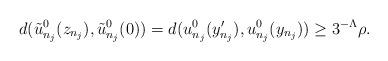
LaTeX: \begin{align*} d(\tilde{u}_{n_j}^0(z_{n_j}),\tilde{u}_{n_j}^0(0))= d(u_{n_j}^0(y_{n_j}'),u_{n_j}^0(y_{n_j})) \geq 3^{-\Lambda} \rho.\end{align*}